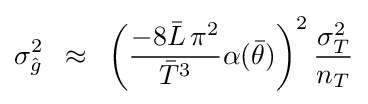
\sigma _{\hat {g}}^{2}\,\,\,\approx \,\,\,\left({{{-8{\bar {L}}\,\pi ^{2}} \over {{\bar {T}}^{3}}}\alpha ({\bar {\theta }})}\right)^{2}{{\sigma _{T}^{2}} \over {n_{T}}}